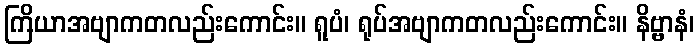
ကြိယာအဗျာကတလည်းကောင်း။ ရူပံ၊ ရုပ်အဗျာကတလည်းကောင်း။ နိဗ္ဗာနံ၊